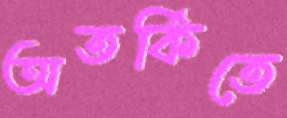
অতর্কিতে